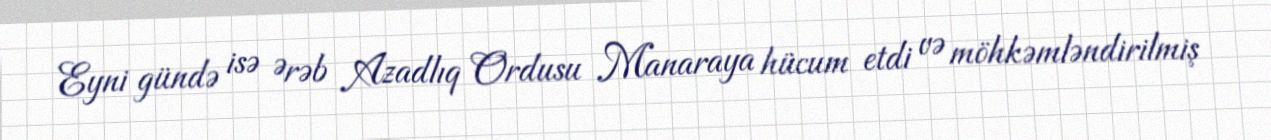
Eyni gündə isə Ərəb Azadlıq Ordusu Manaraya hücum etdi və möhkəmləndirilmiş